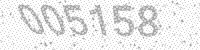
Solution: 005158